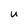
Character: u